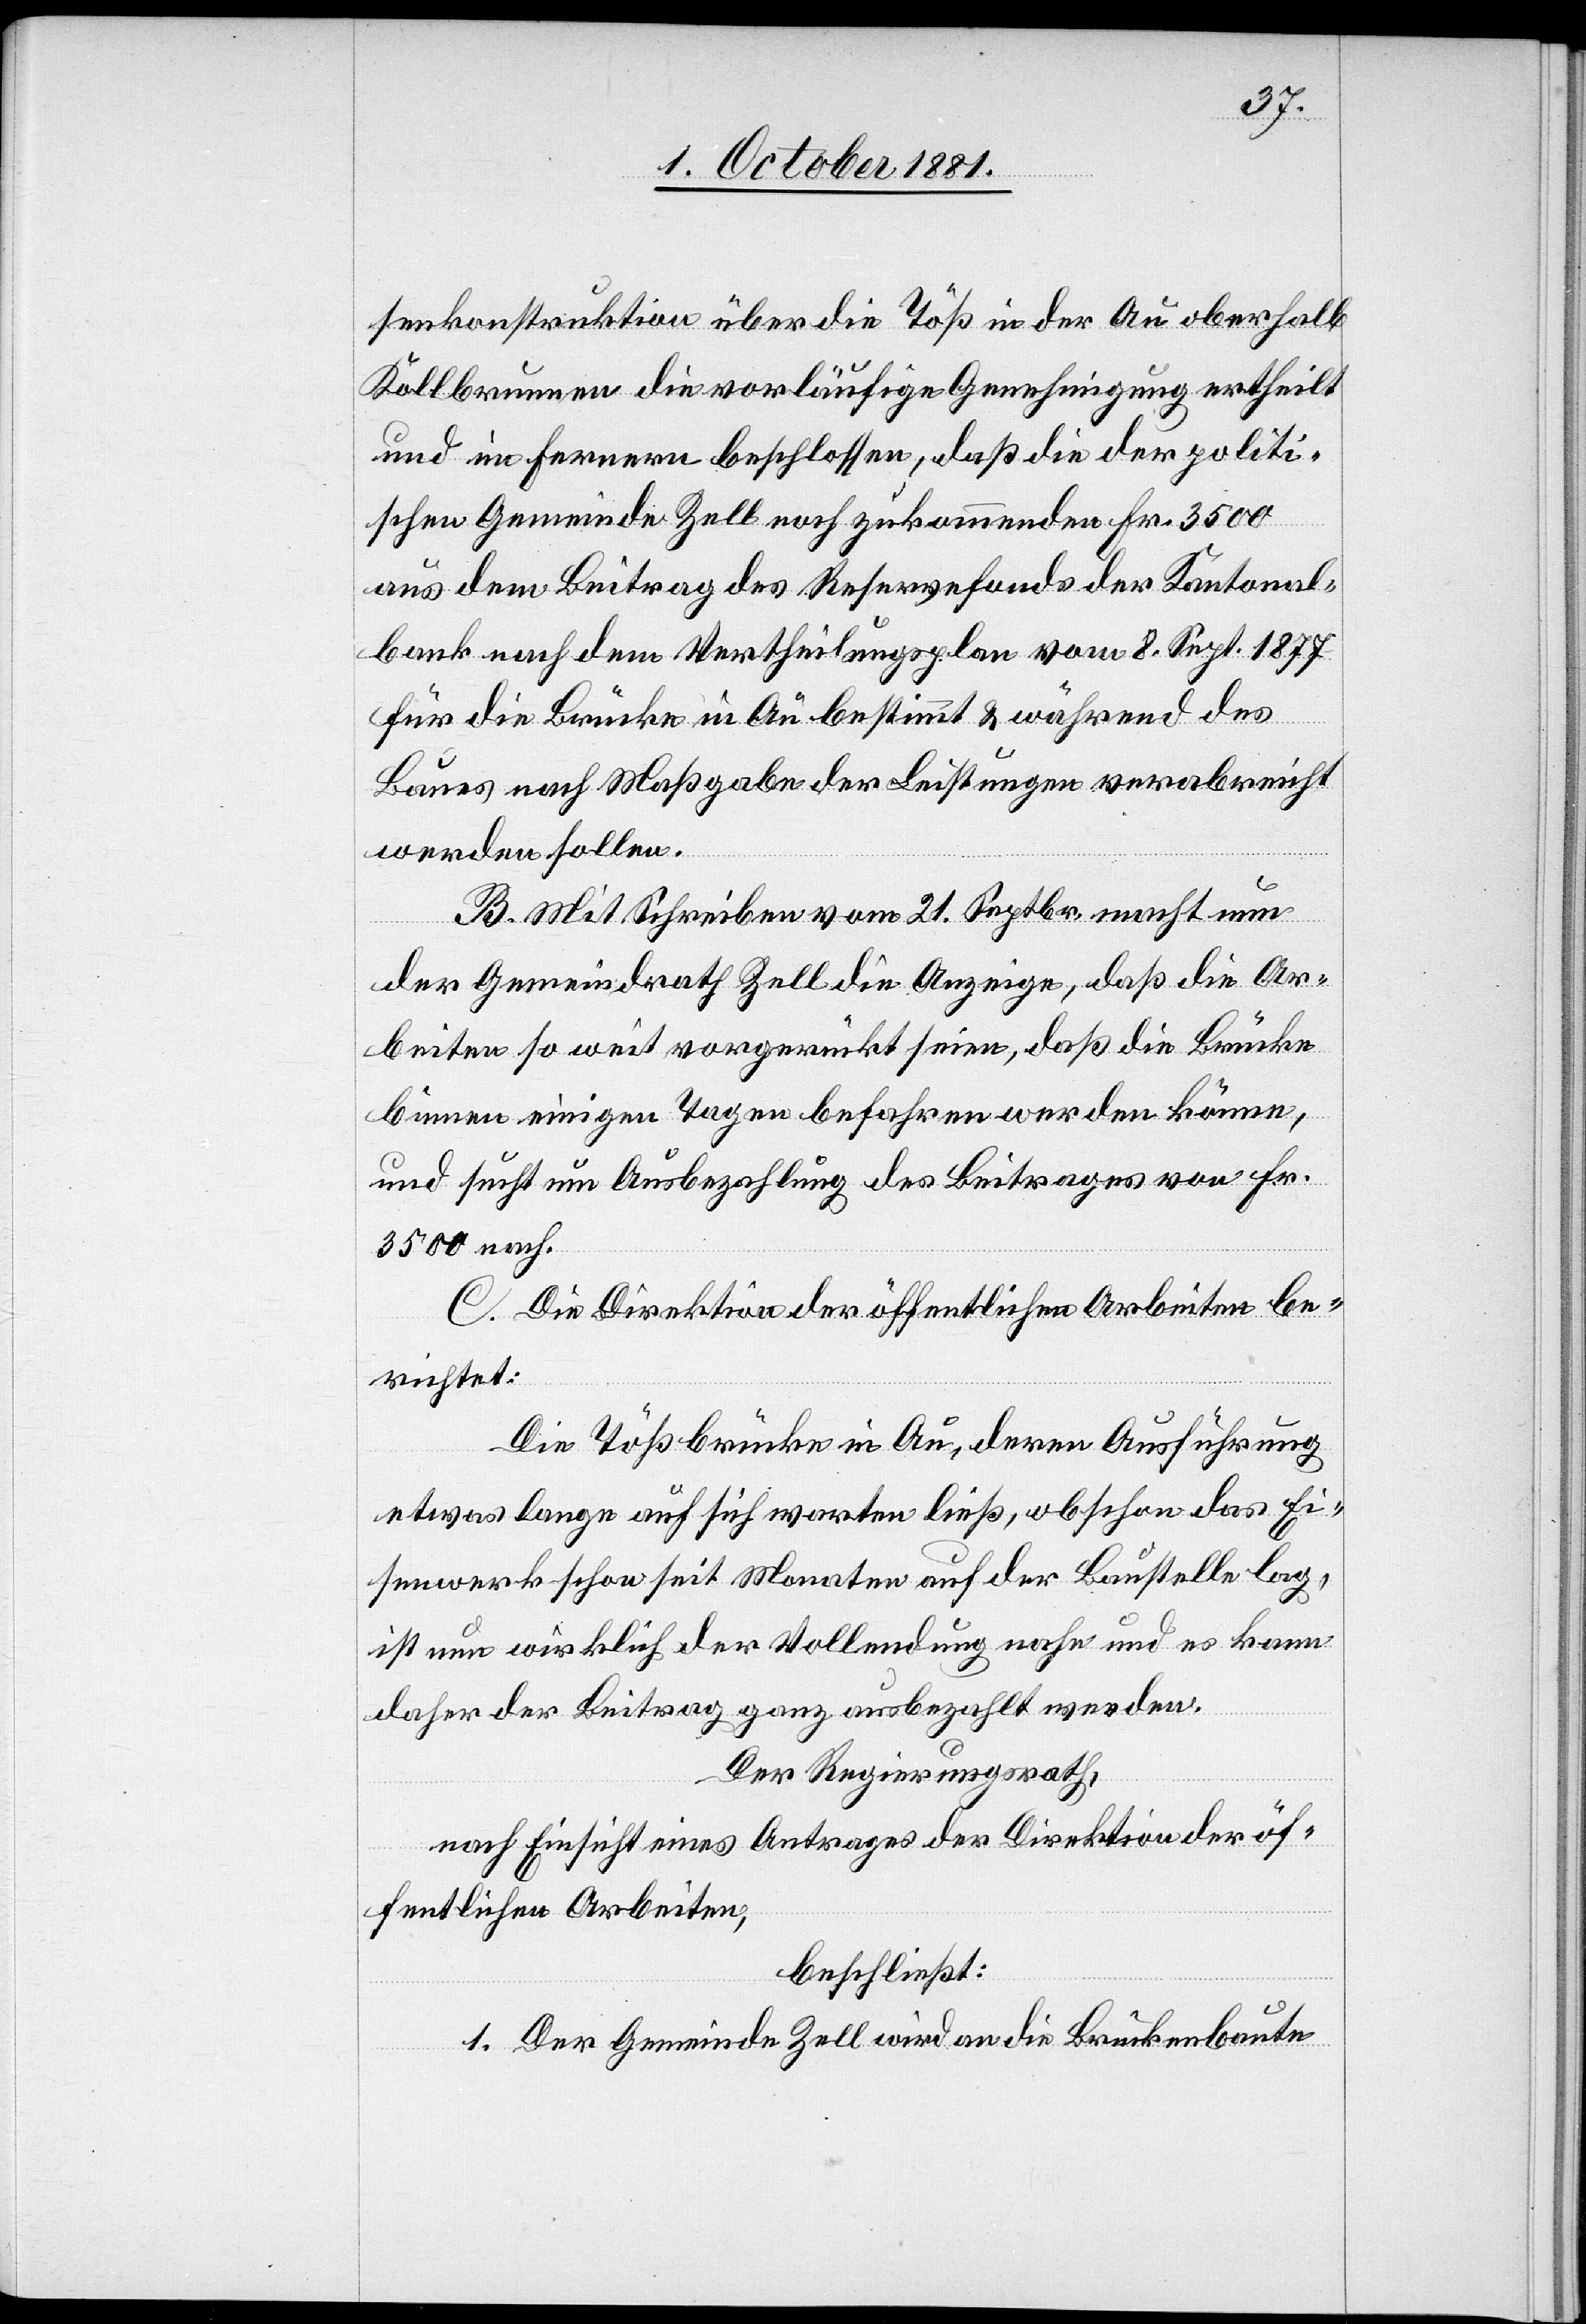
senkonstruktion über die Töß in der Au oberhalb
Kollbrunnen die vorläufige Genehmigung ertheilt
und im Fernern beschlossen, daß die der politi¬
schen Gemeinde Zell noch zukommenden Fr. 3500
aus dem Beitrag des Reservefonds der Kantonal¬
bank nach dem Vertheilungsplan vom 8. Sept. 1877
für die Brücke in Au bestimmt & während des
Baues nach Maßgabe der Leistungen verabreicht
werden sollen.
B. Mit Schreiben vom 21. Septbr. macht nun
der Gemeindrath Zell die Anzeige, daß die Ar¬
beiten so weit vorgerückt seien, daß die Brücke
binnen einigen Tagen befahren werden könne,
und sucht um Ausbezahlung des Beitrages von Fr.
3500 nach.
C. Die Direktion der öffentlichen Arbeiten be¬
richtet:
Die Tößbrücke in Au, deren Ausführung
etwas lange auf sich warten ließ, obschon das Ei¬
senwerk schon seit Monaten auf der Baustelle lag,
ist nun wirklich der Vollendung nahe und es kann
daher der Beitrag ganz ausbezahlt werden.
Der Regierungsrath,
nach Einsicht eines Antrages der Direktion der öf¬
fentlichen Arbeiten,
beschließt:
1. Der Gemeinde Zell wird an die Brückenbaute